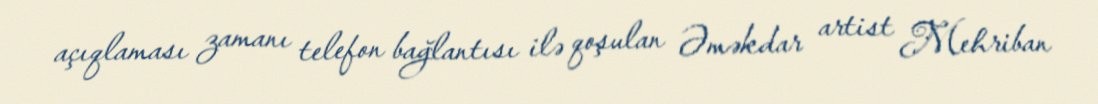
açıqlaması zamanı telefon bağlantısı ilə qoşulan Əməkdar artist Mehriban